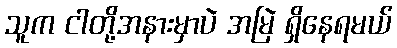
သူက ငါတို့အနားမှာပဲ အမြဲ ရှိနေရမယ်